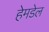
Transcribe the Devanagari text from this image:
हेमडेल